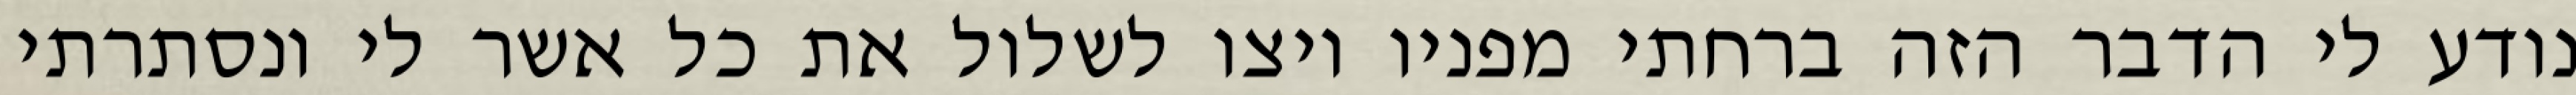
נודע לי הדבר הזה ברחתי מפניו ויצו לשלול את כל אשר לי ונסתרתי